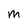
Character: m